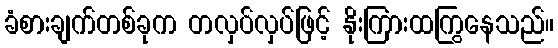
ခံစားချက်တစ်ခုက တလှပ်လှပ်ဖြင့် နိုးကြားထကြွနေသည်။